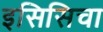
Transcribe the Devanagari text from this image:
इसिसिचा